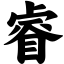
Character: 睿